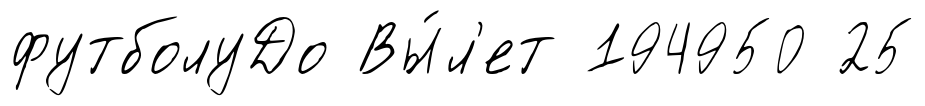
футболуДо Вы́л'ет 194950 25